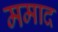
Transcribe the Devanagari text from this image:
ममाद